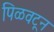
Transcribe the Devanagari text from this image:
पिळवटून